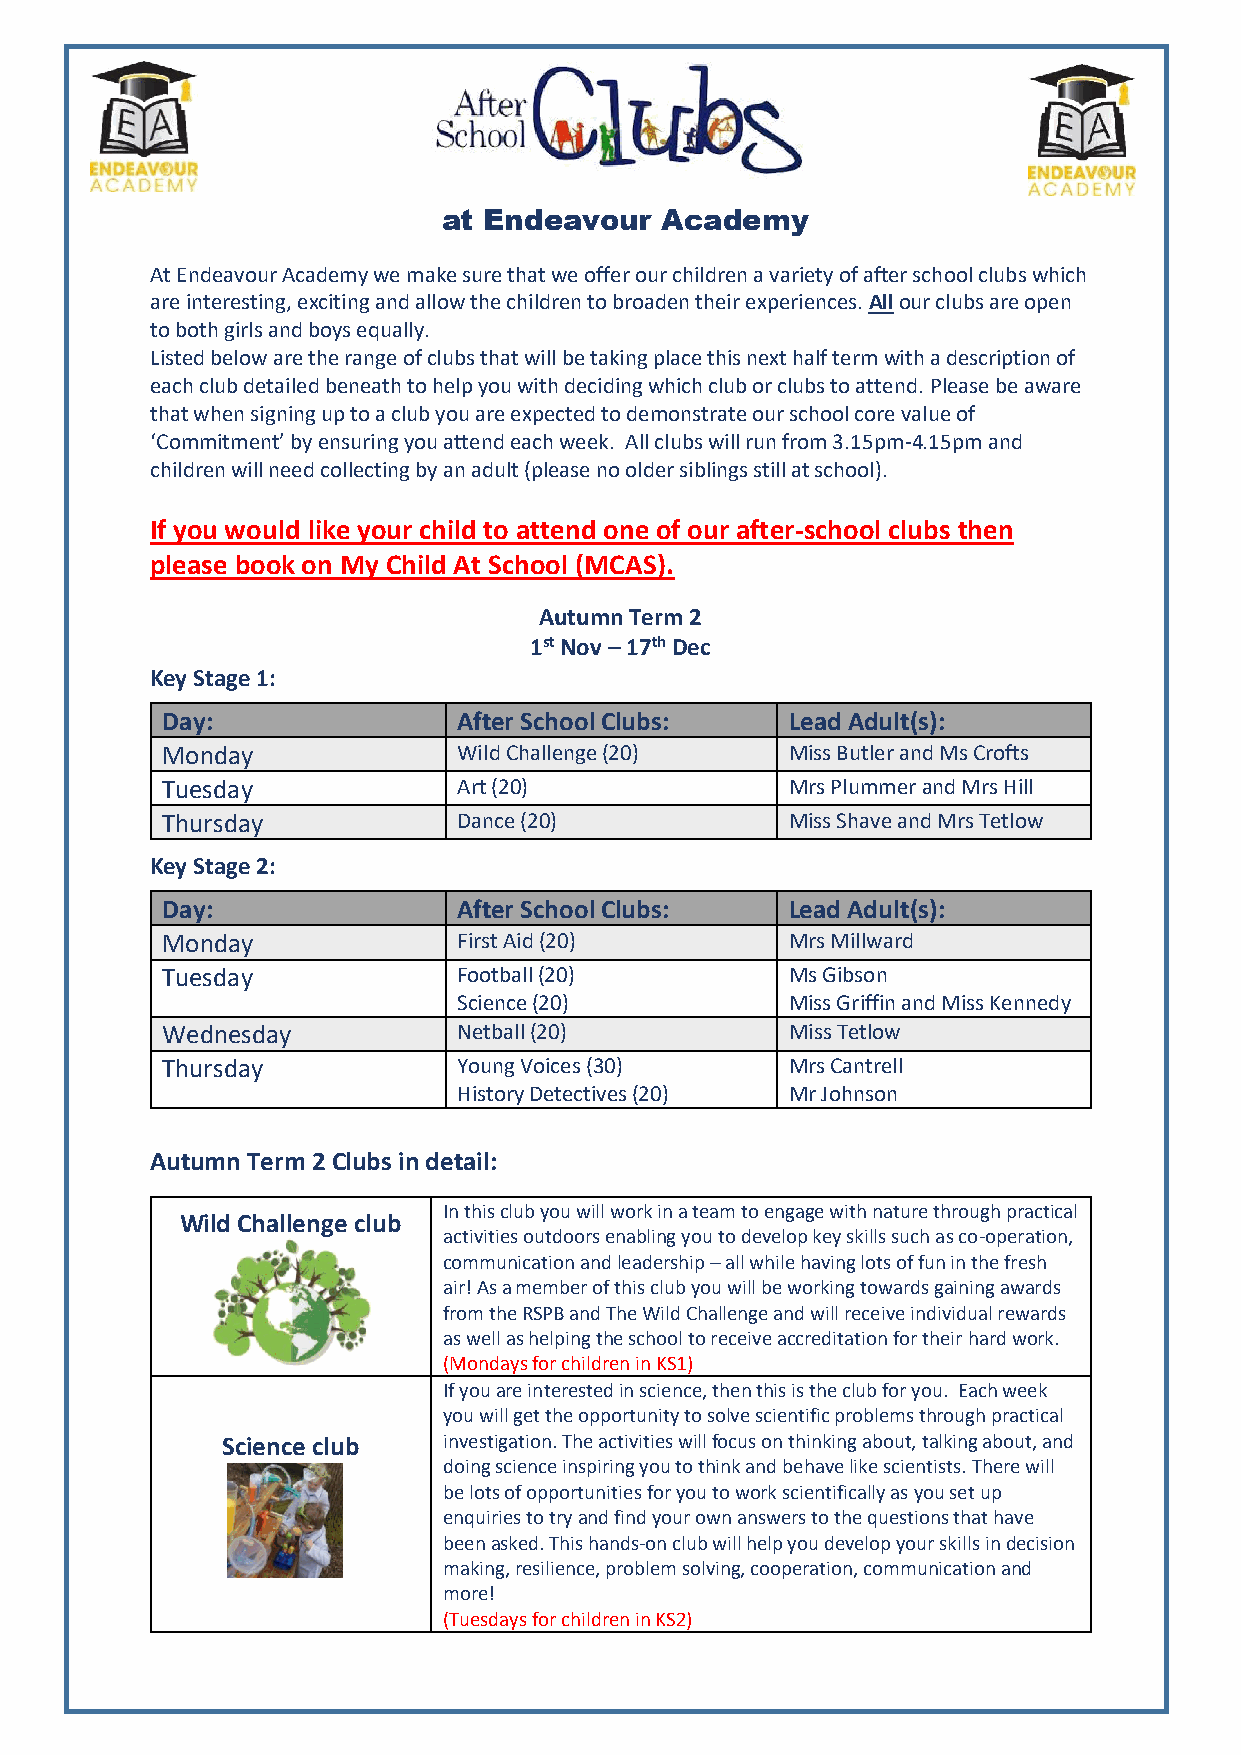
at Endeavour   Academy
 At Endeavour Academy we make sure that we offer our children a variety of after school clubs which
 are interesting, exciting and allow the children to broaden their experiences. All our clubs are open
 to both girls and boys equally.
 Listed below are the range of clubs that will be taking place this next half term with a description of
 each club detailed beneath to help you with deciding which club or clubs to attend. Please be aware
 that when signing up to a club you are expected to demonstrate our school core value of
 ‘Commitment’ by ensuring you attend each week. All clubs will run from 3.15pm-4.15pm and
 children will need collecting by an adult (please no older siblings still at school).
 If you would like your child to attend one of our after-school clubs then
 please book on My Child At School (MCAS).
 Autumn Term 2
 1st Nov – 17th Dec
 Key Stage 1:
 Day:               After School Clubs:   Lead Adult(s):
 Monday             Wild Challenge (20)   Miss Butler and Ms Crofts
 Tuesday            Art (20)              Mrs Plummer and Mrs Hill
 Thursday           Dance (20)            Miss Shave and Mrs Tetlow
 Key Stage 2:
 Day:               After School Clubs:   Lead Adult(s):
 Monday             First Aid (20)        Mrs Millward
 Tuesday            Football (20)         Ms Gibson
 Science (20)          Miss Griffin and Miss Kennedy
 Wednesday          Netball (20)          Miss Tetlow
 Thursday           Young Voices (30)     Mrs Cantrell
 History Detectives (20) Mr Johnson
 Autumn Term 2 Clubs in detail:
 In this club you will work in a team to engage with nature through practical
 Wild Challenge club
 activities outdoors enabling you to develop key skills such as co-operation,
 communication and leadership – all while having lots of fun in the fresh
 air! As a member of this club you will be working towards gaining awards
 from the RSPB and The Wild Challenge and will receive individual rewards
 as well as helping the school to receive accreditation for their hard work.
 (Mondays for children in KS1)
 If you are interested in science, then this is the club for you. Each week
 you will get the opportunity to solve scientific problems through practical
 Science club  investigation. The activities will focus on thinking about, talking about, and
 doing science inspiring you to think and behave like scientists. There will
 be lots of opportunities for you to work scientifically as you set up
 enquiries to try and find your own answers to the questions that have
 been asked. This hands-on club will help you develop your skills in decision
 making, resilience, problem solving, cooperation, communication and
 more!
 (Tuesdays for children in KS2)